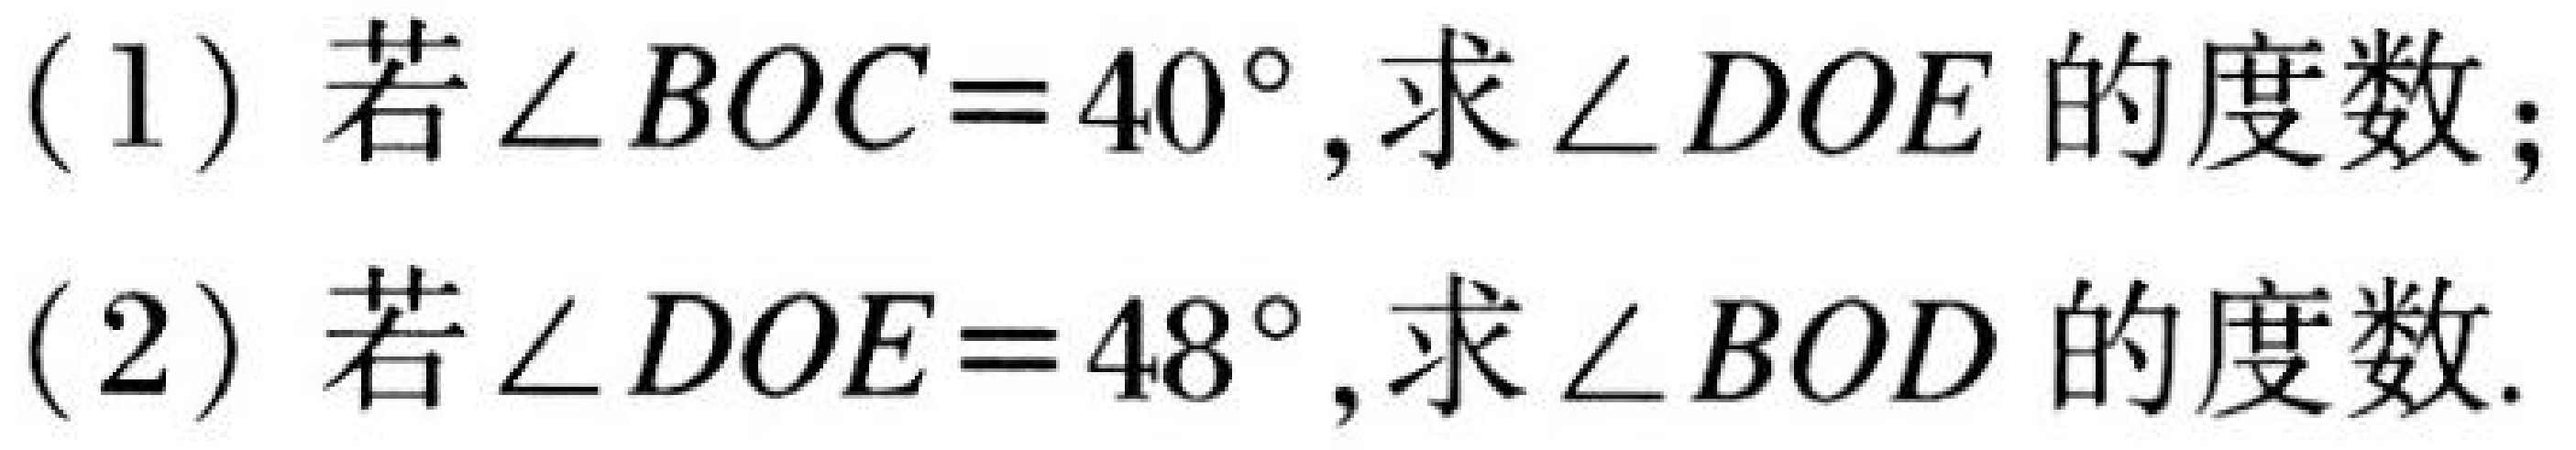
(1) 若\(\angle BOC = 40^{\circ}\),求\(\angle DOE\)的度数;
(2) 若\(\angle DOE = 48^{\circ}\),求\(\angle BOD\)的度数.